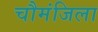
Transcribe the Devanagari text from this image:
चौमंजिला